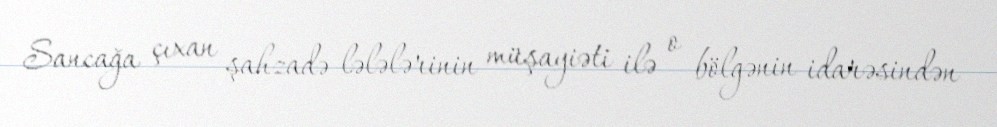
Sancağa çıxan şahzadə lələlərinin müşayiəti ilə o bölgənin idarəsindən